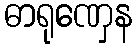
ဓာရုဏှေန